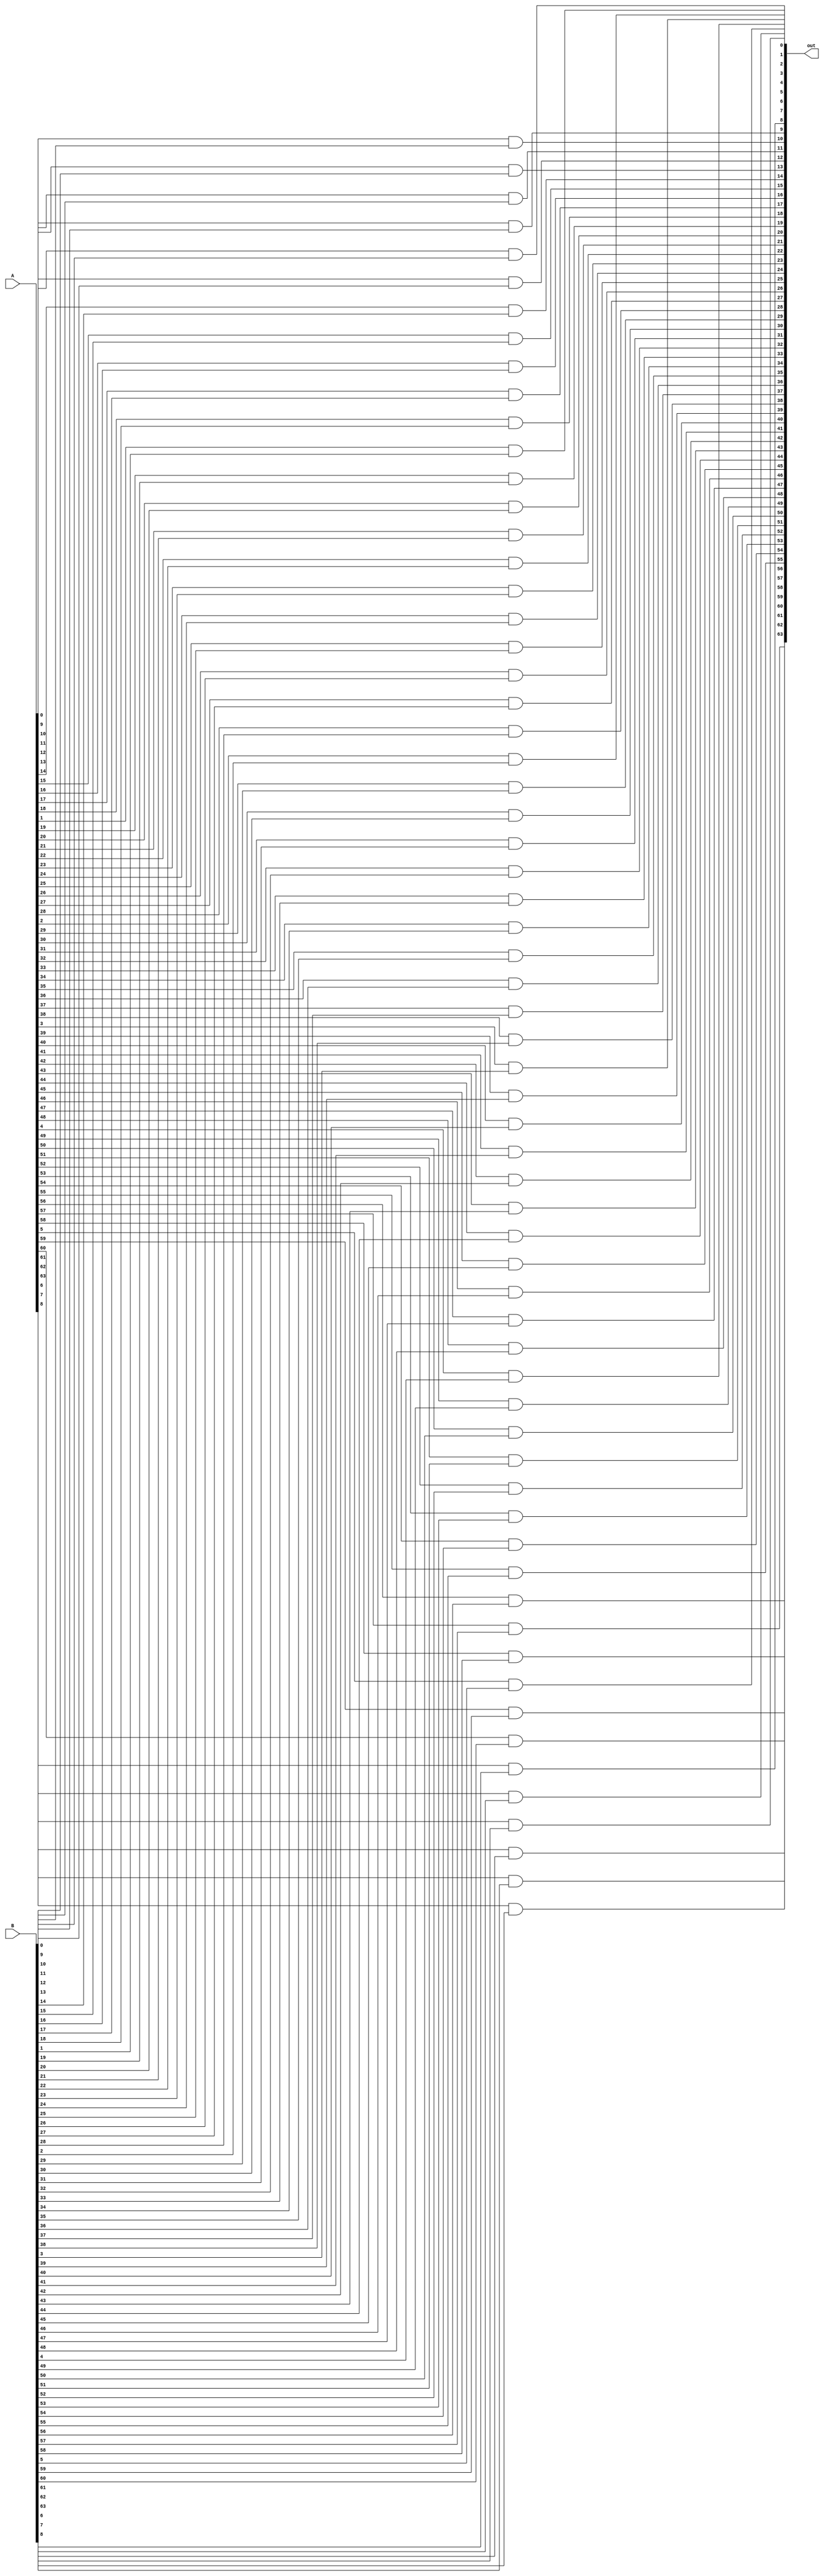
module and64(A,B,out);

input signed[63:0]A;
input signed[63:0]B;
output signed[63:0]out;

genvar i;
generate
    for(i=0; i<64; i=i+1)
    begin
        and f(out[i],A[i],B[i]);
    end
endgenerate

endmodule